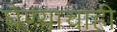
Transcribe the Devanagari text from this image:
घेण्याचाही